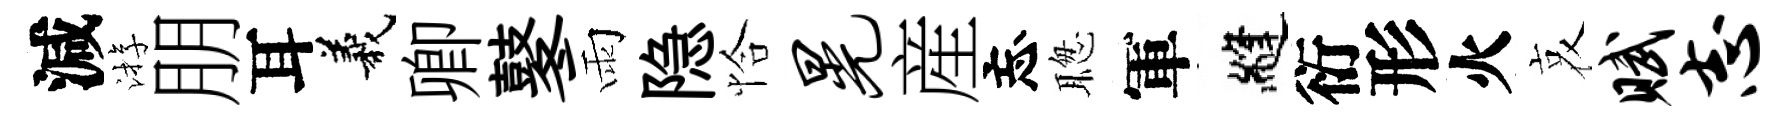
減㳺朋耳義卿鼕雨隐恰晃産忘聦軍縫衍形火哀赋志